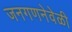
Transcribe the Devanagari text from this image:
जनगणनेवेळी